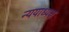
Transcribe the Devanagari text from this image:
न्ययाध्यक्ष